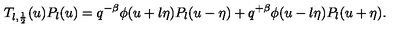
T _ { l , \frac 1 2 } ( u ) P _ { l } ( u ) = q ^ { - \beta } \phi ( u + l \eta ) P _ { l } ( u - \eta ) + q ^ { + \beta } \phi ( u - l \eta ) P _ { l } ( u + \eta ) .